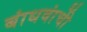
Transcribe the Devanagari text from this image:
बांधवांचीे